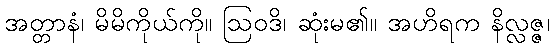
အတ္တာနံ၊ မိမိကိုယ်ကို။ ဩဝဒိ၊ ဆုံးမ၏။ အဟိရက နိလ္လဇ္ဇ၊